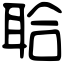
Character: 𦕲